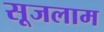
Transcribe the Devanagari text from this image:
सूजलाम